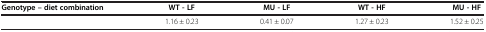
<table><thead><tr><td><b>Genotype – diet combination</b></td><td><b>WT - LF</b></td><td><b>MU - LF</b></td><td><b>WT - HF</b></td><td><b>MU - HF</b></td></tr></thead><tbody><tr><td> </td><td>1.16 ± 0.23</td><td>0.41 ± 0.07</td><td>1.27 ± 0.23</td><td>1.52 ± 0.25</td></tr></tbody></table>